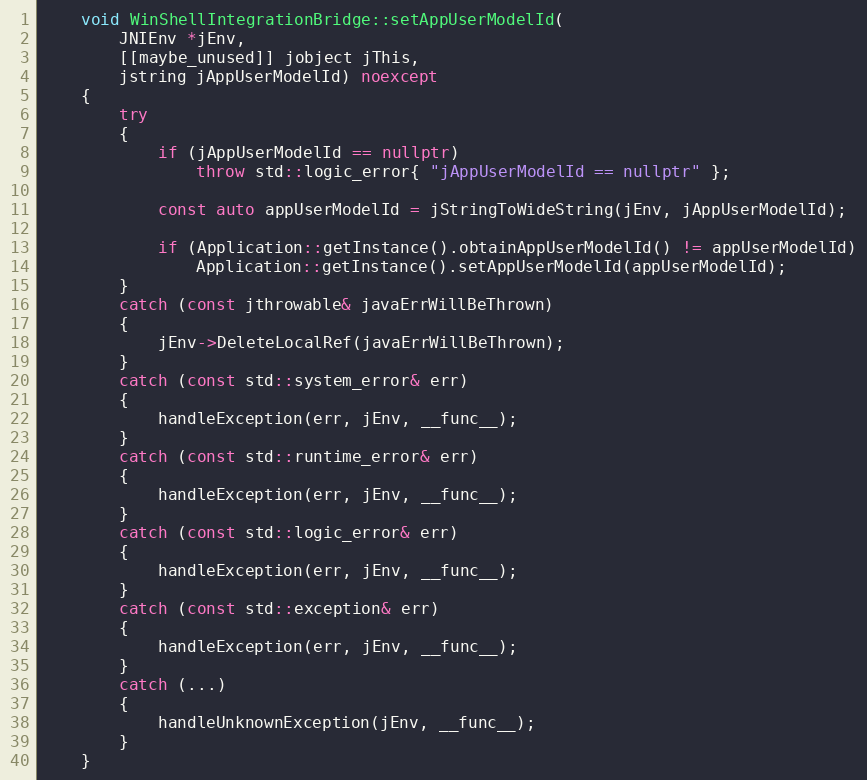
Language: C++
    void WinShellIntegrationBridge::setAppUserModelId(
        JNIEnv *jEnv,
        [[maybe_unused]] jobject jThis,
        jstring jAppUserModelId) noexcept
    {
        try
        {
            if (jAppUserModelId == nullptr)
                throw std::logic_error{ "jAppUserModelId == nullptr" };

            const auto appUserModelId = jStringToWideString(jEnv, jAppUserModelId);

            if (Application::getInstance().obtainAppUserModelId() != appUserModelId)
                Application::getInstance().setAppUserModelId(appUserModelId);
        }
        catch (const jthrowable& javaErrWillBeThrown)
        {
            jEnv->DeleteLocalRef(javaErrWillBeThrown);
        }
        catch (const std::system_error& err)
        {
            handleException(err, jEnv, __func__);
        }
        catch (const std::runtime_error& err)
        {
            handleException(err, jEnv, __func__);
        }
        catch (const std::logic_error& err)
        {
            handleException(err, jEnv, __func__);
        }
        catch (const std::exception& err)
        {
            handleException(err, jEnv, __func__);
        }
        catch (...)
        {
            handleUnknownException(jEnv, __func__);
        }
    }